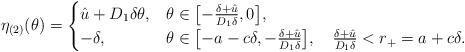
LaTeX: \begin{align*} \eta_{(2)}(\theta) = \begin{cases}\hat u +D_1\delta\theta, & \theta\in\bigl[-\frac{\delta+\hat u}{D_1\delta},0 \bigr],\\- \delta, & \theta\in\bigl[-a-c\delta,-\frac{\delta+\hat u}{D_1\delta} \bigr],\quad\frac{\delta+\hat u}{D_1\delta}<r_+=a+c\delta.\end{cases}\end{align*}